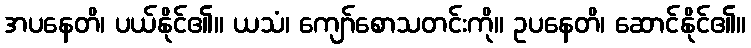
အပနေတိ၊ ပယ်နိုင်၏။ ယသံ၊ ကျော်စောသတင်းကို။ ဥပနေတိ၊ ဆောင်နိုင်၏။